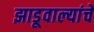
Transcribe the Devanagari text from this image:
झाडूवाल्यांचे